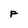
Character: P